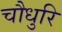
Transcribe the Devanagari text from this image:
चौधुरि